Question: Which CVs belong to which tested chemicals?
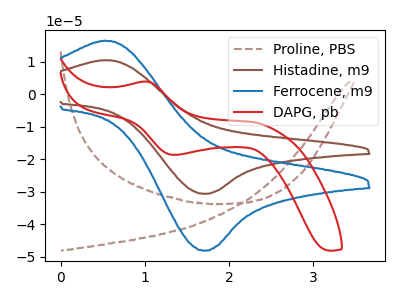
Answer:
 <answer>The brown dashed curve is labeled "Proline, PBS". The brown curve is labeled "Histadine, m9". The blue curve is labeled "Ferrocene, m9". The red curve is labeled "DAPG, pb".</answer>
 <eval></eval>